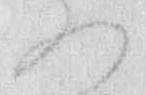
ふ